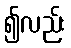
၍လည်း